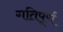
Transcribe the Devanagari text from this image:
गतिपूर्ण